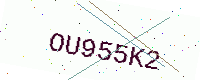
Text: OU955K2